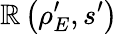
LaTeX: \mathbb{R}\left(\rho_{E}^{\prime},s^{\prime}\right)